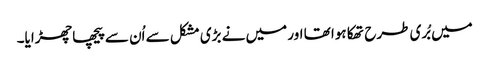
میں بُری طرح تھکا ہوا تھا اور میں نے بڑی مشکل سے اُن سے پیچھا چھڑایا۔